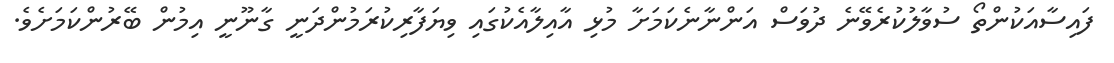
ފައިސާއަކުންތޯ ސުވާލުކުރެވޭނެ ދުވަސް އަންނާނެކަމަށާ މުޅި އާއިލާއެކުގައި ވިޔަފާރިކުރަމުންދަނީ ގާނޫނީ އިމުން ބޭރުންކަމަށެވެ.